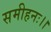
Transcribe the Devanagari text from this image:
समीहनः।।